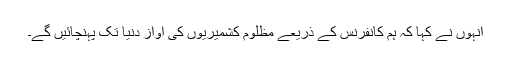
انہوں نے کہا کہ ہم کانفرنس کے ذریعے مظلوم کشمیریوں کی آواز دنیا تک پہنچائیں گے۔